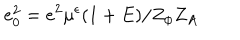
LaTeX: e _ { 0 } ^ { 2 } = e ^ { 2 } \mu ^ { \epsilon } ( 1 + E ) / Z _ { \phi } Z _ { A }